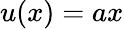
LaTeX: u(x)=ax